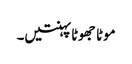
موٹا جھوٹا پہنتیں۔